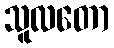
သူလတော